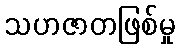
သဟဇာတဖြစ်မှု